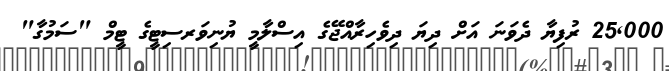
25